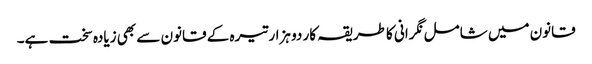
قانون میں شامل نگرانی کا طریقہ کار دو ہزار تیرہ کے قانون سے بھی زیادہ سخت ہے۔